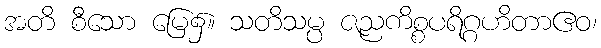
အတိ စီသော မြေ၌။ သတိသမ္ပ ဇညကိစ္စပရိဂ္ဂဟိတာဧဝ၊